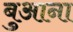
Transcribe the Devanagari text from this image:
बुआना